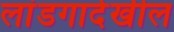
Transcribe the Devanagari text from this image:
लांडगादेखील